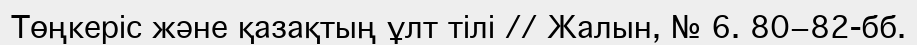
Төңкеріс және қазақтың ұлт тілі // Жалын, № 6. 80−82-бб.